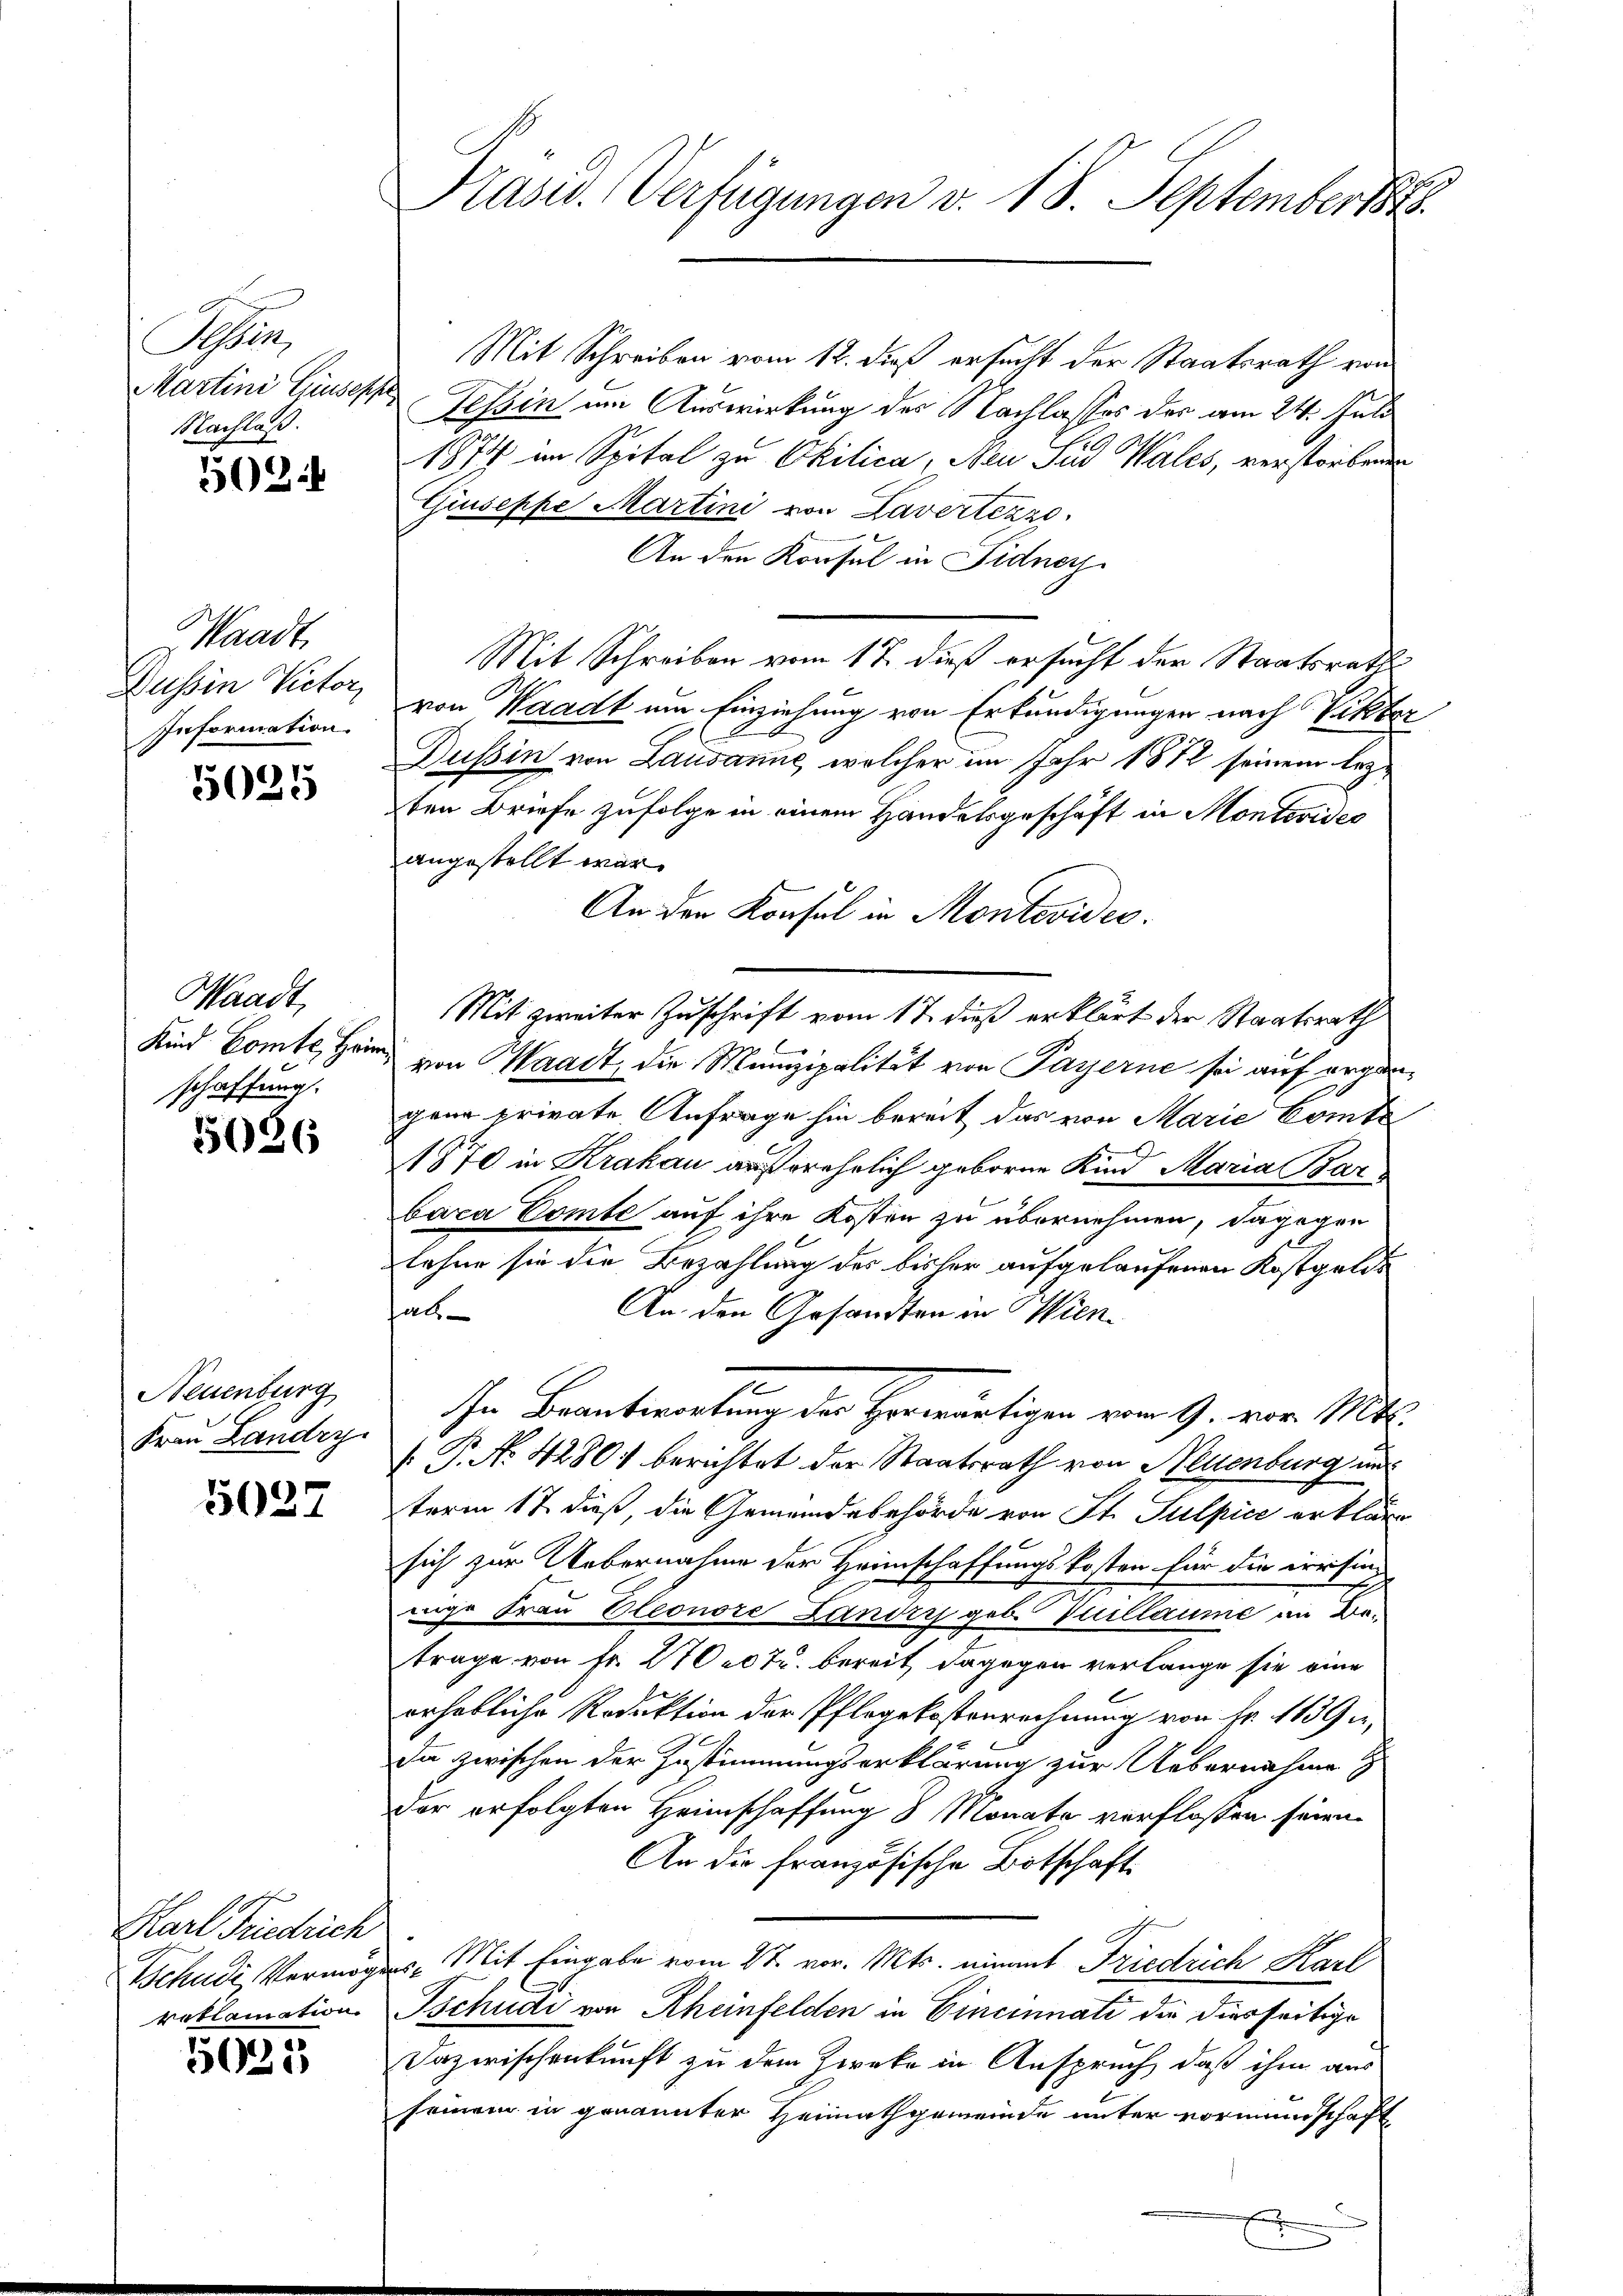
Schrei
Martini Ciuseppe
Nachlaß.

502.

Waadt,
Dussin Victor,
Information

5025

Waadt,
Kind Comte Heim
schaffung.

5036

Neuenburg
Frau Landry

5027

Karl Friedrich
Schudi Vermög
rattamation.

7
5020

Præses. Verfügungen v. 18. September

Mit Schreiben vom 12. dieß ersucht der Staatsrath von
Tessin im Auswirkung des Nachlasses der am 24. Juli
1874 im Spital zu Okilica, Neu Sind Wales, verstorbenen
Giuseppe Martini von Lavertezzo
An den Konsul in Fidners
Mit Schreiben vom 17. dieß ersucht der Staatsrath
von Waadt ein Einziehung von Erkundigungen nach Viktor
Dussin von Lausanne, welcher im Jahr 1872 seinem lez¬
2ten Briefe zufolge in einem Handelsgeschäft in Montevides
angestellt war.
An den Konsul in Montevides.
Mit zweiter Zuschrift vom 17. dieß erklärt der Staatsrath
von Waadt, die Munizipalität von Payerne sei auf ergangene private Anfrage hin bereit das von Marie Comte
1870 in Krakau außerehrlich geboren Kind Maria Bar
bara Comte auf ihre Kosten zu übernehmen, dagegen
lehne sie die Bezahlung des bisher aufgelaufenen Kostgelde
An den Gesandten in Wien
hal
In Beantwortung der Herwärtigen vom 9. vor. Mtt.
V. P. No 4280. berichtet der Staatsrath von Neuenburg und
term 17. dieß, die Gemeindebehörde von St. Sulpice erkläre
sich zur Uebernahme der Heimschaffungskosten für die errisin-
nige Frau Cleonore Landris geb. Tuillaume an Betrage von Fr. 27007. bereit, dagegen verlange sie eine
erhebliche Reduktion der Pflegekostenrechnung von Fr. 1139 i
da zwischen der Zustimmungserklärung zur Uebernahme
Der erfolgten Heimschaffung 8 Monate verflossen seien.
An die französische Botschaft
es. Mit Eingabe vom 27. vor. Mts. einmit Friedrich Karl
Tschudi von Rheinfelden in Cincinati die diesseitige
Dazwischenkunft zu dem Zweke in Anspruch, daß ihm aus
seinem in genannter Heimathgemeinde unter vormundschaft
.
.